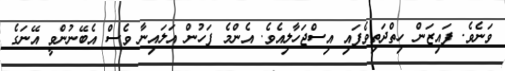
ވަނެވެ. ފައިޒަން ހިތްދަތިވެފައި އިސްޖަހާލިއެވެ. އެންމެ ފަހުން އަލައިނާ ވެސް އެބޭނުންވީ އޭނަގެ